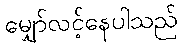
မျှော်လင့်နေပါသည်